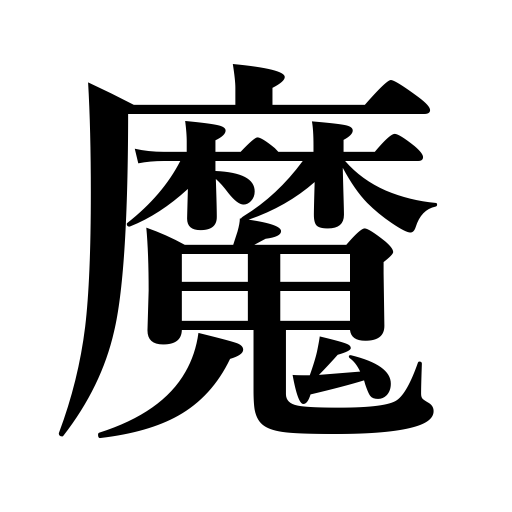
Meanings: evil spirit,devil,demon